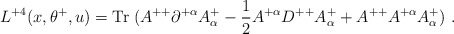
\begin{align*}L^{+4}(x,\theta^+,u) = \mbox{Tr}\; (A^{++}\partial^{+\alpha}A^+_\alpha-{1\over 2} A^{+\alpha}D^{++} A^+_\alpha + A^{++} A^{+\alpha} A^+_\alpha) \ .\end{align*}